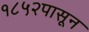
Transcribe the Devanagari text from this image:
१८५२पासून